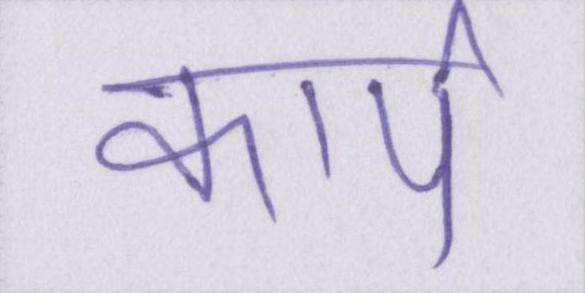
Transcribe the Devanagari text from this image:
कार्प